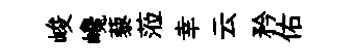
峻巉藜蒞幸云矜佑